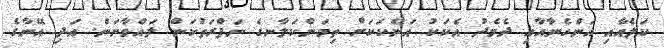
ކަލެއާއި އަންހެނާއާއި ދެމެދު އެކަކު އަނެކަކަށް ތިމަންކަލާނގެ ނަފްރަތުކަން ލައްވާނަން. އަދި އޭނާގެ